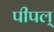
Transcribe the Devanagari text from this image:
पीपल्